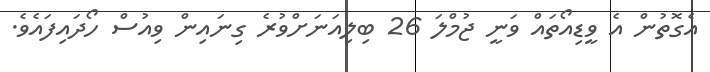
އެގޮތުން އެ ވީޑިއޯތައް ވަނީ ޖުމްލަ 26 ބިލިއަނަށްވުރެ ގިނައިން ވިއުސް ހޯދައިފައެވެ.